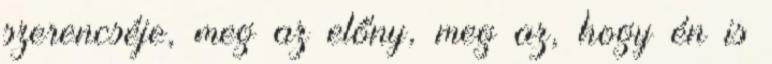
szerencséje, meg az előny, meg az, hogy én is